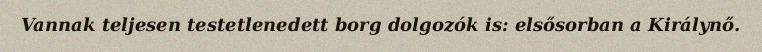
Vannak teljesen testetlenedett borg dolgozók is: elsősorban a Királynő.